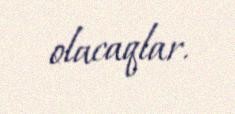
olacaqlar.